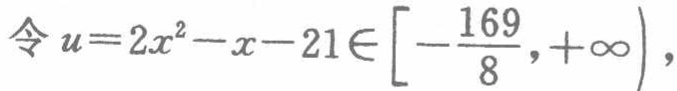
令 \(u = 2x^{2}-x - 21\in\left[-\frac{169}{8},+\infty\right)\)，